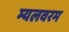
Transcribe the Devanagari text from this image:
म्यलवरम